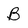
Character: B